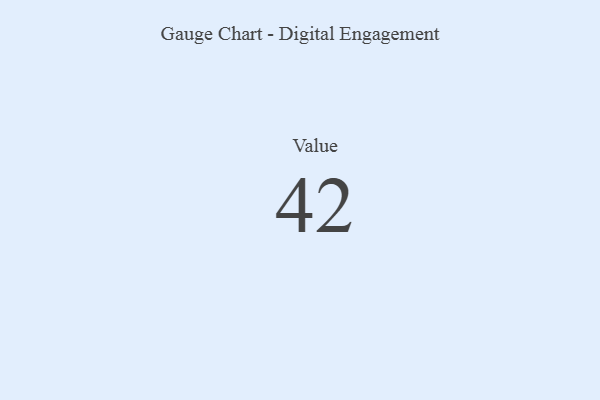
{"axis": {"x": "Metric", "y": "Value"}, "legend": [""], "data": [{"x": "Value", "y": 42, "type": ""}]}